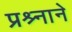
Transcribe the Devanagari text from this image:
प्रश्र्नाने